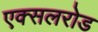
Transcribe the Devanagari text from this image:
एक्सलरोड